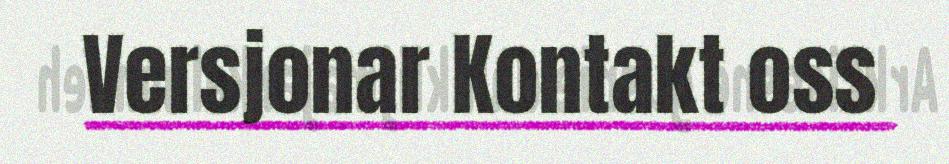
Versjonar Kontakt oss